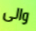
والى